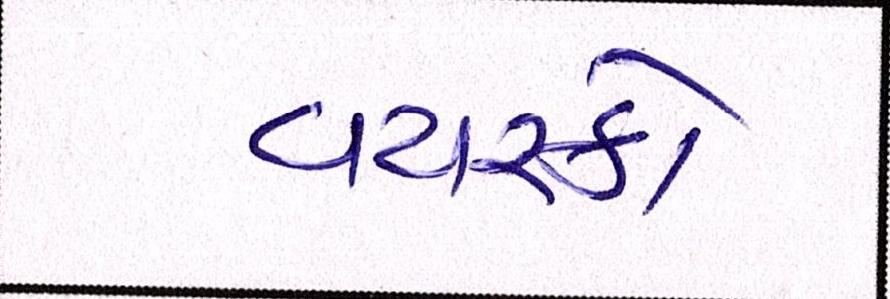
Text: વયસ્કો